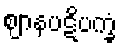
ဈာနပဋိပက္ခံ